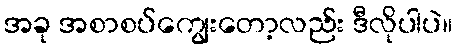
အခု အစာစပ်ကျွေးတော့လည်း ဒီလိုပါပဲ။